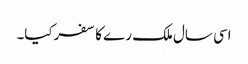
اسی سال ملک رے کا سفرکیا۔